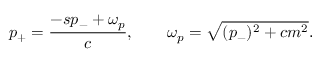
p _ { + } = { \frac { - s p _ { - } + \omega _ { p } } { c } } , \qquad \omega _ { p } = \sqrt { ( p _ { - } ) ^ { 2 } + c m ^ { 2 } } .